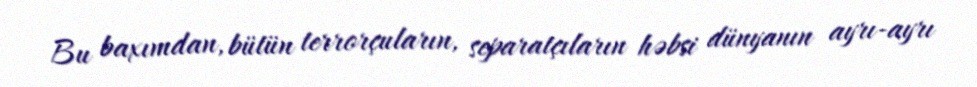
Bu baxımdan, bütün terrorçuların, separatçıların həbsi dünyanın ayrı-ayrı